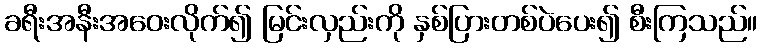
ခရီးအနီးအဝေးလိုက်၍ မြင်းလှည်းကို နှစ်ပြားတစ်ပဲပေး၍ စီးကြသည်။